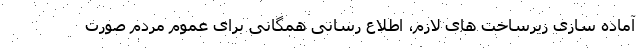
آماده سازی زیرساخت های لازم، اطلاع رسانی همگانی برای عموم مردم صورت